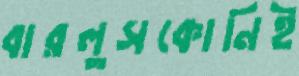
বারলুসকোনিই